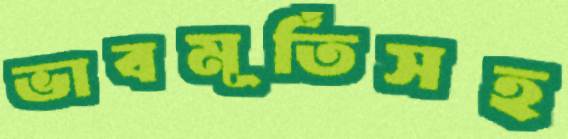
ভাবমূর্তিসহ